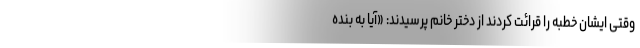
وقتی ایشان خطبه را قرائت کردند از دختر خانم پرسیدند: «آیا به بنده